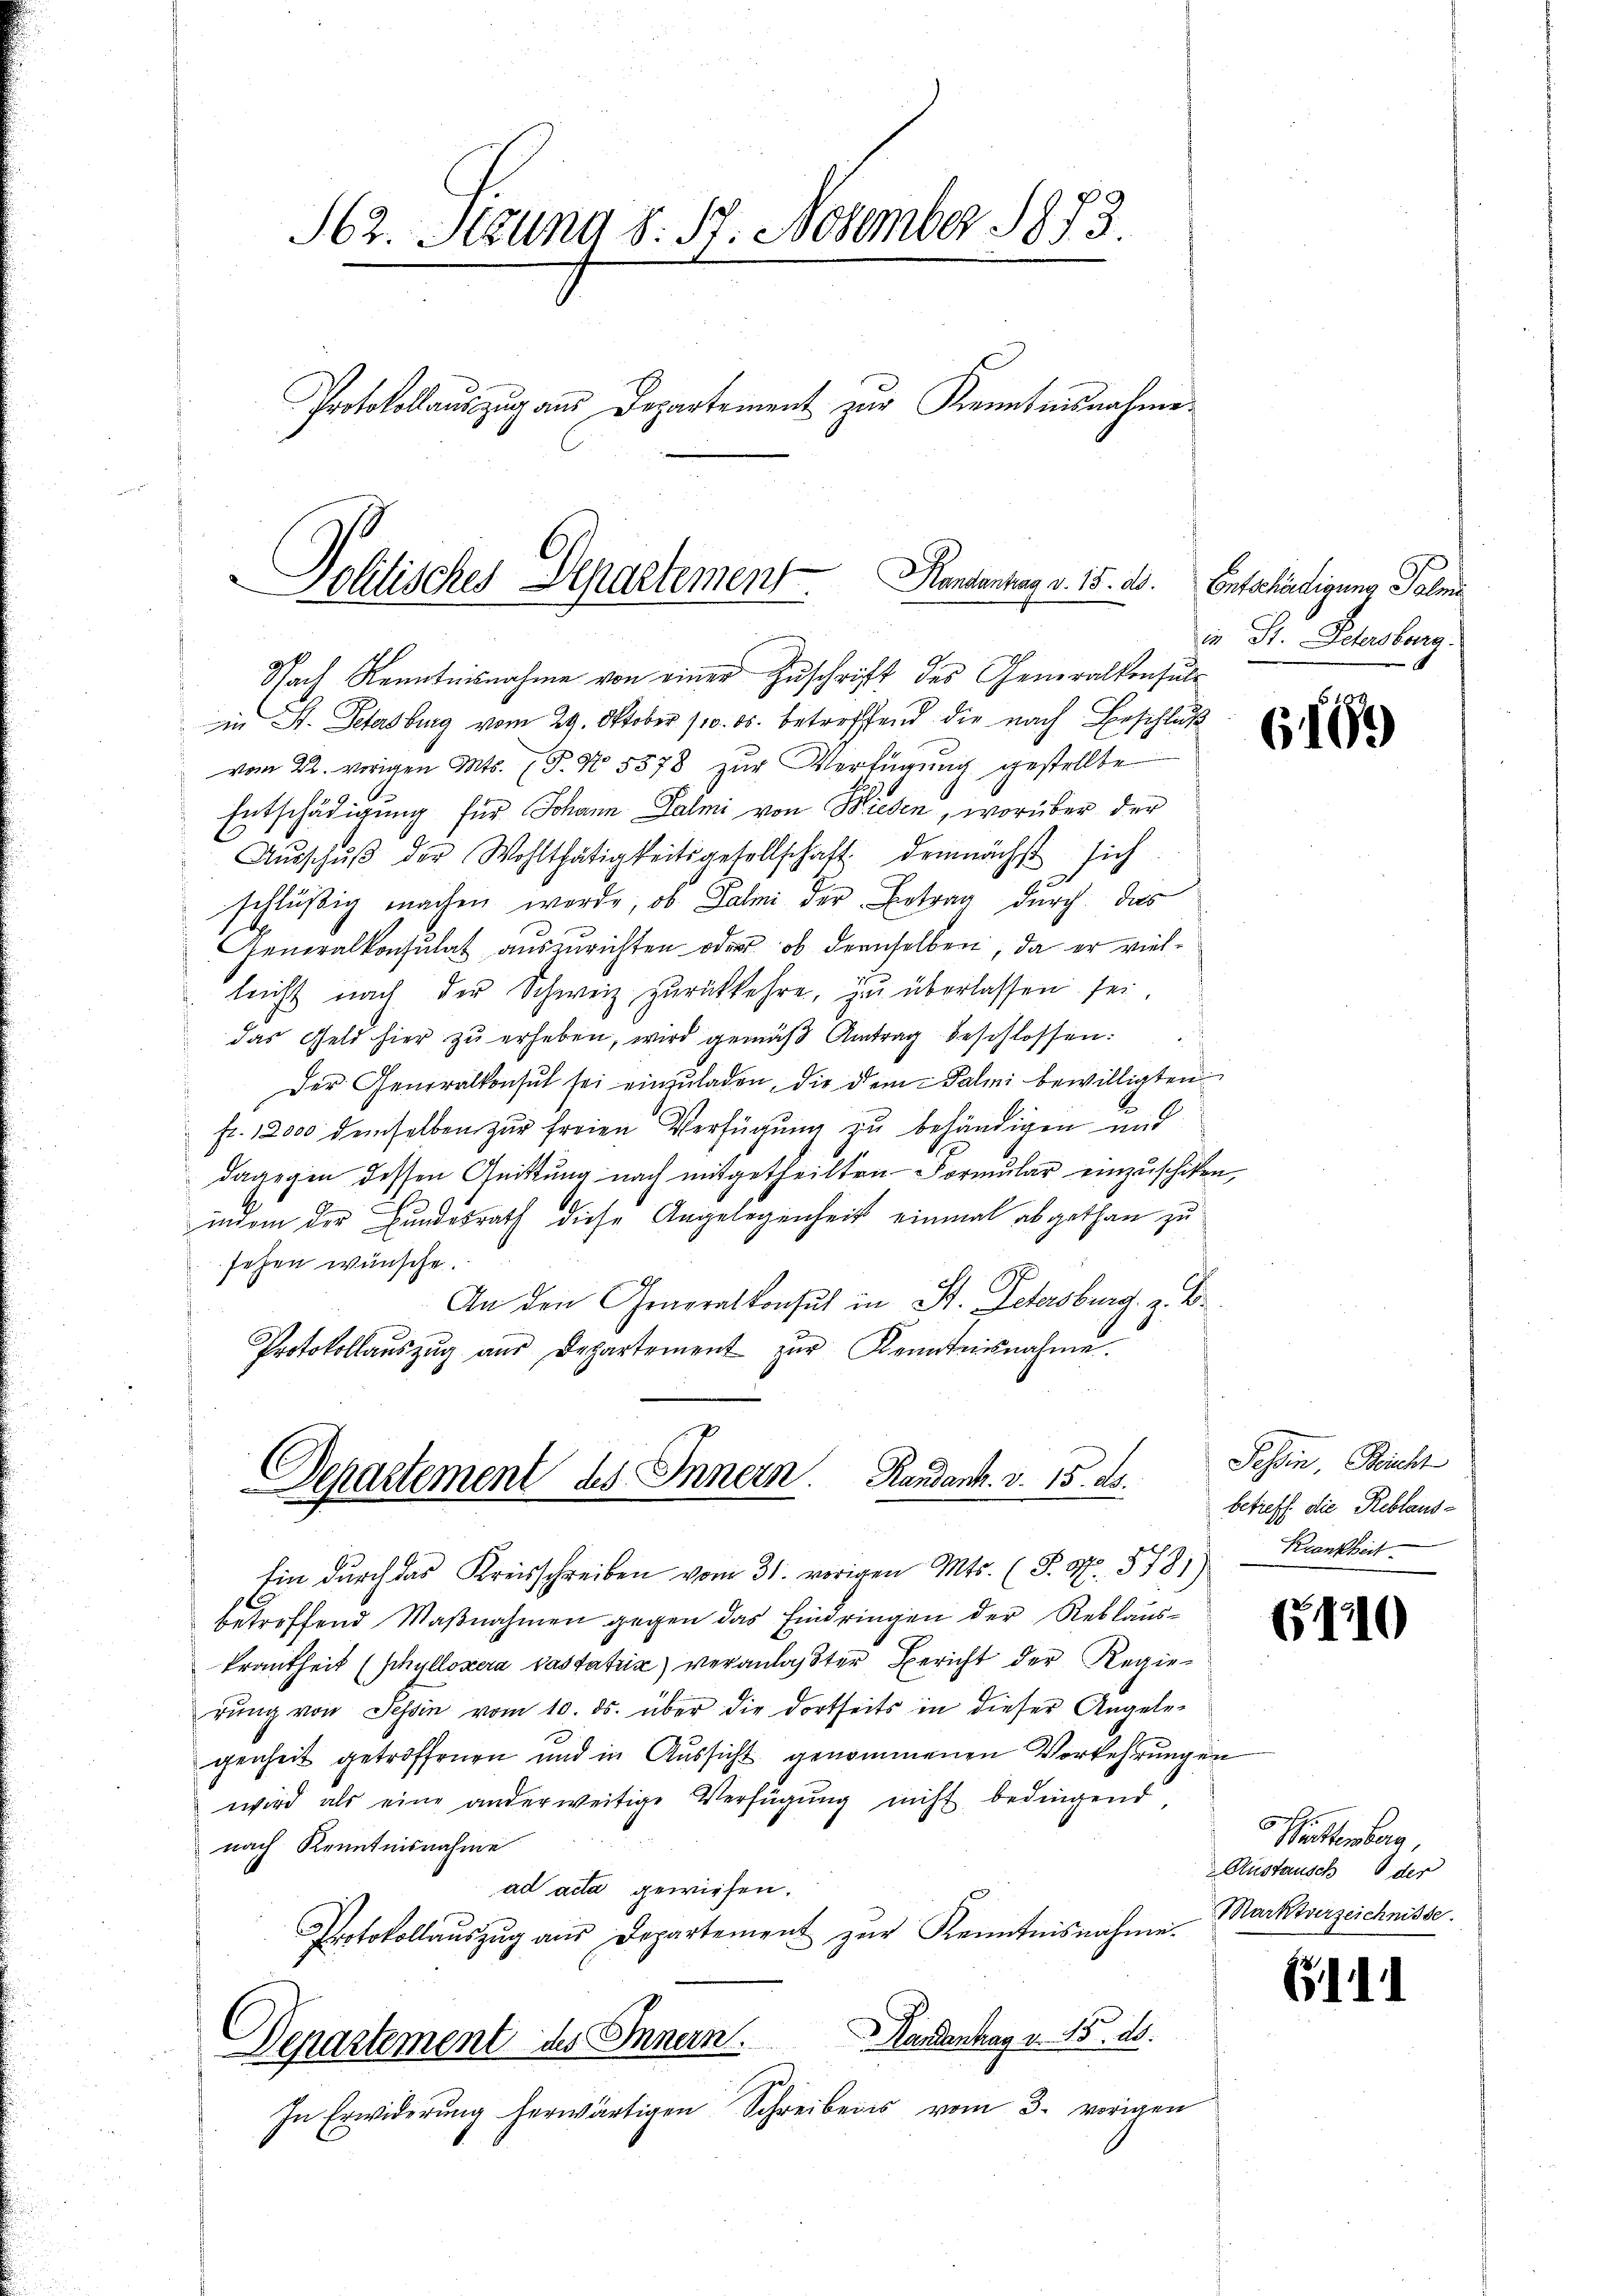
162. Sitzung d. 17. November 1873.
Protokollaŭszŭg aŭs Departement zur Kenntnisnahme.

Pollisches Departement Kanzentrag v. 15. 20. Entschädigung Tolna

9
Nach Kenntnisnahme von einer Zuschrift des Generalkonsult
in St. Petersburg vom 29. Oktober 10. ds. betreffend die nach Beschluß
vom 22. vorigen Mts. (T. No. 5578 zŭr Verfügŭng gestellte
Entschädigung für Johann Dalmi von Wieden, worüber der
Aŭsschŭβ der Wohlthätigkeitsgesellschaft demnächst sich
schlüßig machen werde, ob Palmi der Betrag durch das
Generalkonsulat auszurichten oder ob derselben, da er vielleicht nach der Schweiz zurückkehre, zu überlassen sei,
das Geld hier zu erheben, wird gemäß Antrag beschlossen:
Der Generalkonsul sei einzŭladen, die dem alii bewilligten
fr. 12000 demselben zur freien Verfügung zu behändigen und
dagegen dessen Quittung nach mitgetheilten Formular einzuschiken,
indem der Bundesrath diese Angelegenheit einmal abgethan zu
sehen wünsche.
An den Generalkonsul in St. Petersburg z. B
Protokollaŭszŭg aŭs Departement zŭr Kenntnisnahme.

Departement des Innern. Handank. v. 15. ds.

Ein durch das Kreisschreiben vom 31. vorigen Mts. (T. S. 5781)
betroffend Maßnahmen gegen das Eindringen der Reblaus-
krankheit (phyllosera pastatrix) veranlaster Bericht der Regierung von Tessin vom 10. ds. über die dortseits in dieser Angele-
genheit getroffenen und in Aussicht genommenen Vorkehrungen
wwird als eine anderweitige Verfügung nicht bedingend
nach Kenntnisnahme
ad acta gewiesen.
Protokollaŭszŭg aŭs Departement zŭr Kenntnisnahme.
Departement des Innern. Hasenhag v. 15. ds.
In Erwiderŭng herwärtigen Schreibens vom 3. vorigen

in St. Petersberg.

Tessin, Beicht
betreff die Reblaus-
Krankheit.

(199

h

3

1

611

5 Battenberg,
Austausch der
Marktverzeichnisse.